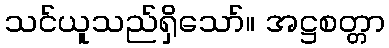
သင်ယူသည်ရှိသော်။ အဋ္ဌစတ္တာ